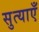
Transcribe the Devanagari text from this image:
सुत्याएँ